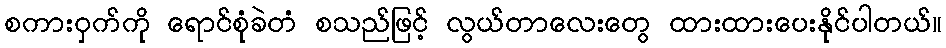
စကားဝှက်ကို ရောင်စုံခဲတံ စသည်ဖြင့် လွယ်တာလေးတွေ ထားထားပေးနိုင်ပါတယ်။